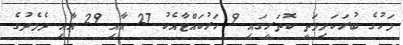
މަހުގެ ބުރަކަށިމަތީ ކޮތަރީގައި 9 ހަރުކައްޓާއެކު 27 އާއި 29 އާއި ދެމެދުގެ